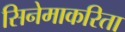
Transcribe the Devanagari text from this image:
सिनेमाकरिता